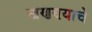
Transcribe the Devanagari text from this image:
खणण्याचे